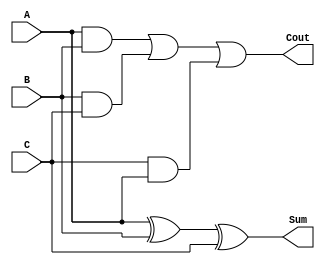
`timescale 1ns / 1ps
//////////////////////////////////////////////////////////////////////////////////
// Company: 
// Engineer: 
// 
// Design Name: FULL-ADDER
// Module Name: Full_adder
// Project Name: 
// Target Devices: 
// Tool Versions: 
// Description: 
// 
// Dependencies: 
// 
// Revision:
// Revision 0.01 - File Created
// Additional Comments:USING SIMPLE ASSIGNMENT STATEMENTS
// 
//////////////////////////////////////////////////////////////////////////////////


module Full_adder(
    input A,
    input B,
    input C,
    output Sum,
    output Cout
    );
    assign Sum = A^B^C;
    assign Cout =(A&B)|(B&C)|(C&A);
endmodule